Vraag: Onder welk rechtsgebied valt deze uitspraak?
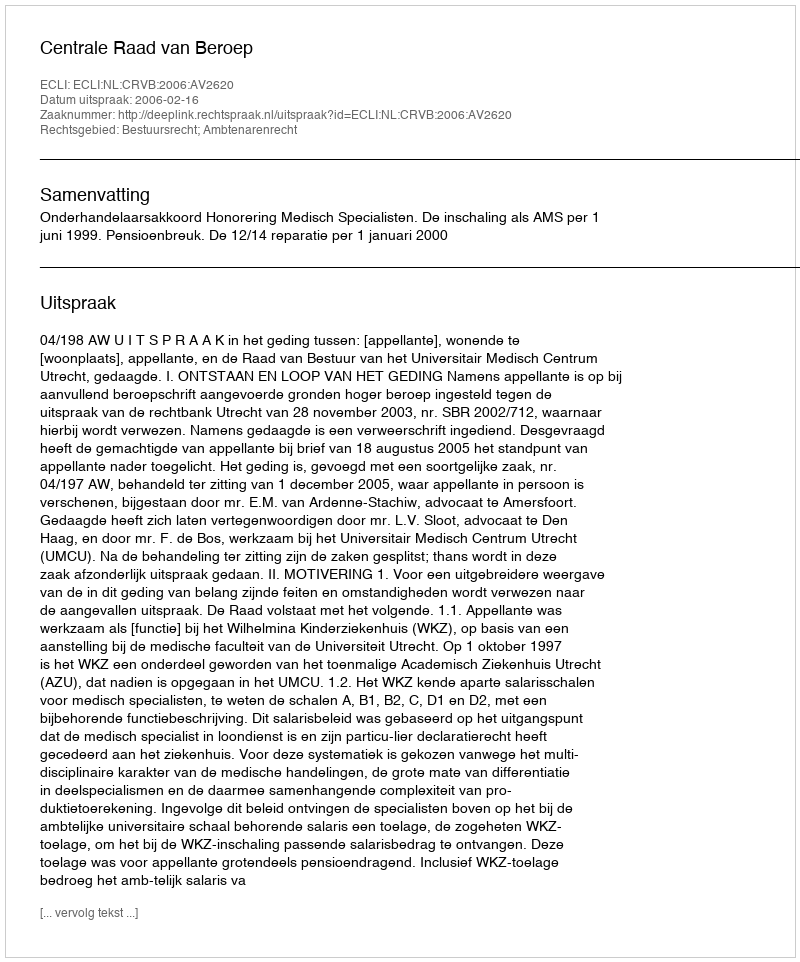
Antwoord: Bestuursrecht; Ambtenarenrecht